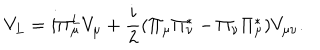
LaTeX: V _ { L } = i \Pi _ { \mu } ^ { L } V _ { \mu } + \frac { i } { 2 } ( \Pi _ { \mu } \Pi _ { \nu } ^ { * } - \Pi _ { \nu } \Pi _ { \mu } ^ { * } ) V _ { \mu \nu } .